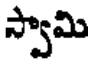
స్వామి